Civil Veterinary Dept. North-West Frontier Province 1923-32 - 1923-1932
Year: 1923
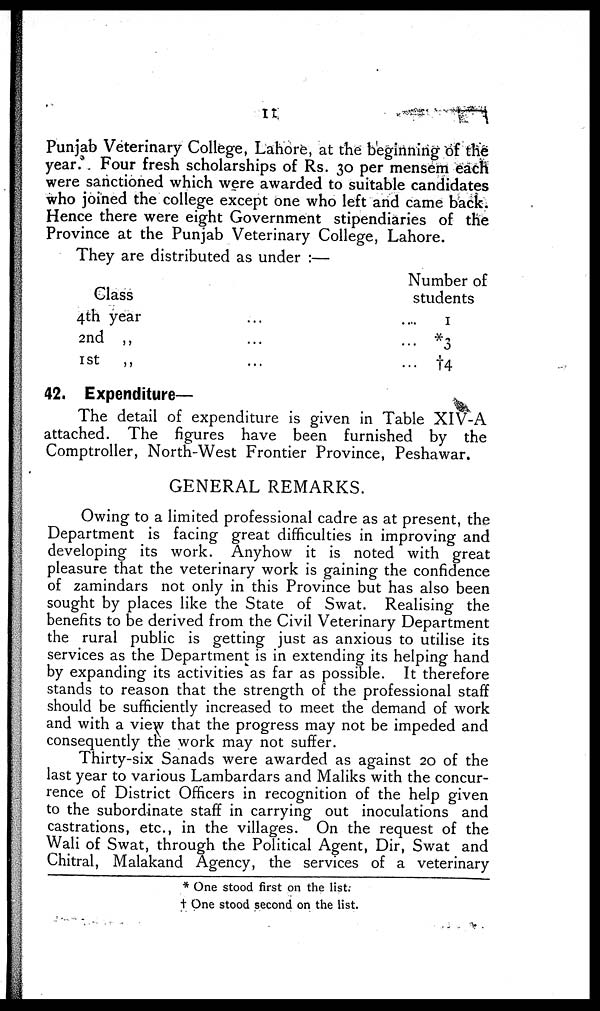
11
Punjab Veterinary College, Lahore, at the beginning of the
year. Four fresh scholarships of Rs. 30 per mensem each
were sanctioned which were awarded to suitable candidates
who joined the college except one who left and came back.
Hence there were eight Government stipendiaries of the
Province at the Punjab Veterinary College, Lahore.
They are distributed as under :—
Class
4th year …
2nd „ ...
1st „ ...
Number of
students
... 1
... *3
... †4
42. Expenditure—
The detail of expenditure is given in Table XIV-A
attached. The figures have been furnished by the
Comptroller, North-West Frontier Province, Peshawar.
GENERAL REMARKS.
Owing to a limited professional cadre as at present, the
Department is facing great difficulties in improving and
developing its work. Anyhow it is noted with great
pleasure that the veterinary work is gaining the confidence
of zamindars not only in this Province but has also been
sought by places like the State of Swat. Realising the
benefits to be derived from the Civil Veterinary Department
the rural public is getting just as anxious to utilise its
services as the Department is in extending its helping hand
by expanding its activities as far as possible. It therefore
stands to reason that the strength of the professional staff
should be sufficiently increased to meet the demand of work
and with a view that the progress may not be impeded and
consequently the work may not suffer.
Thirty-six Sanads were awarded as against 20 of the
last year to various Lambardars and Maliks with the concur-
rence of District Officers in recognition of the help given
to the subordinate staff in carrying out inoculations and
castrations, etc., in the villages. On the request of the
Wali of Swat, through the Political Agent, Dir, Swat and
Chitral, Malakand Agency, the services of a veterinary
* One stood first on the list.
† One stood second on the list.